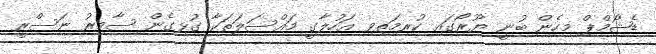
ޑެޝޯމްޕް މިހެން ބުނީ ޔޫރޯގައި ކުރިމަތިވި އަހުލާގީ މައްސަލަތަކާ ގުޅިގެން ސާމިރު ނަސްރީ